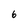
Character: 6